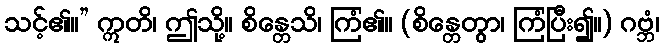
သင့်၏။” ဣတိ၊ ဤသို့။ စိန္တေသိ၊ ကြံ၏။ (စိန္တေတွာ၊ ကြံပြီး၍။) ဂဗ္ဘံ၊